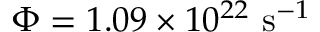
\Phi = 1 . 0 9 \times 1 0 ^ { 2 2 } ~ \mathrm { s } ^ { - 1 }